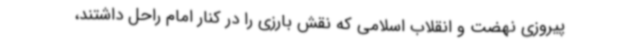
پیروزی نهضت و انقلاب اسلامی که نقش بارزی را در کنار امام راحل داشتند،